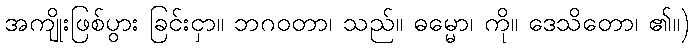
အကျိုးဖြစ်ပွား ခြင်းငှာ။ ဘဂဝတာ၊ သည်။ ဓမ္မော၊ ကို။ ဒေသိတော၊ ၏။)